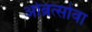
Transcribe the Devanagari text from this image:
ओब्रत्सोवा